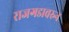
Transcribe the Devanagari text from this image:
राजगडावरुन